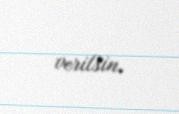
verilsin.